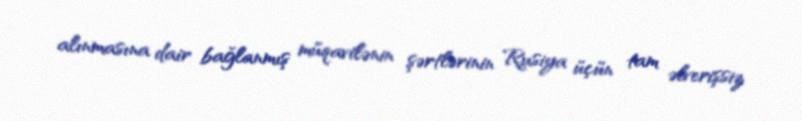
alınmasına dair bağlanmış müqavilənin şərtlərinin Rusiya üçün tam əlverişsiz